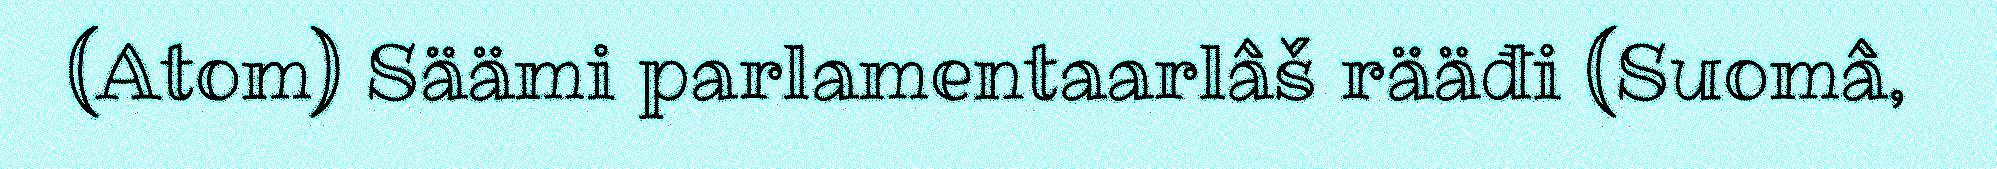
(Atom) Säämi parlamentaarlâš rääđi (Suomâ,